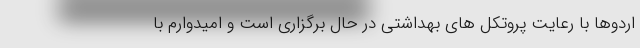
اردوها با رعایت پروتکل های بهداشتی در حال برگزاری است و امیدوارم با